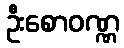
ဦးစောဝဏ္ဏ